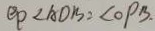
e _ { P } < A D B = \angle O P B .